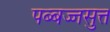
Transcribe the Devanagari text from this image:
पब्बज्जसुत्त